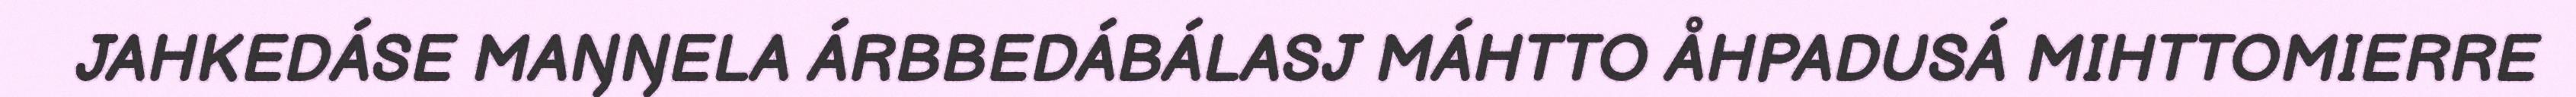
JAHKEDÁSE MAŊŊELA ÁRBBEDÁBÁLASJ MÁHTTO ÅHPADUSÁ MIHTTOMIERRE